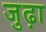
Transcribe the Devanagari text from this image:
जुढ़ा